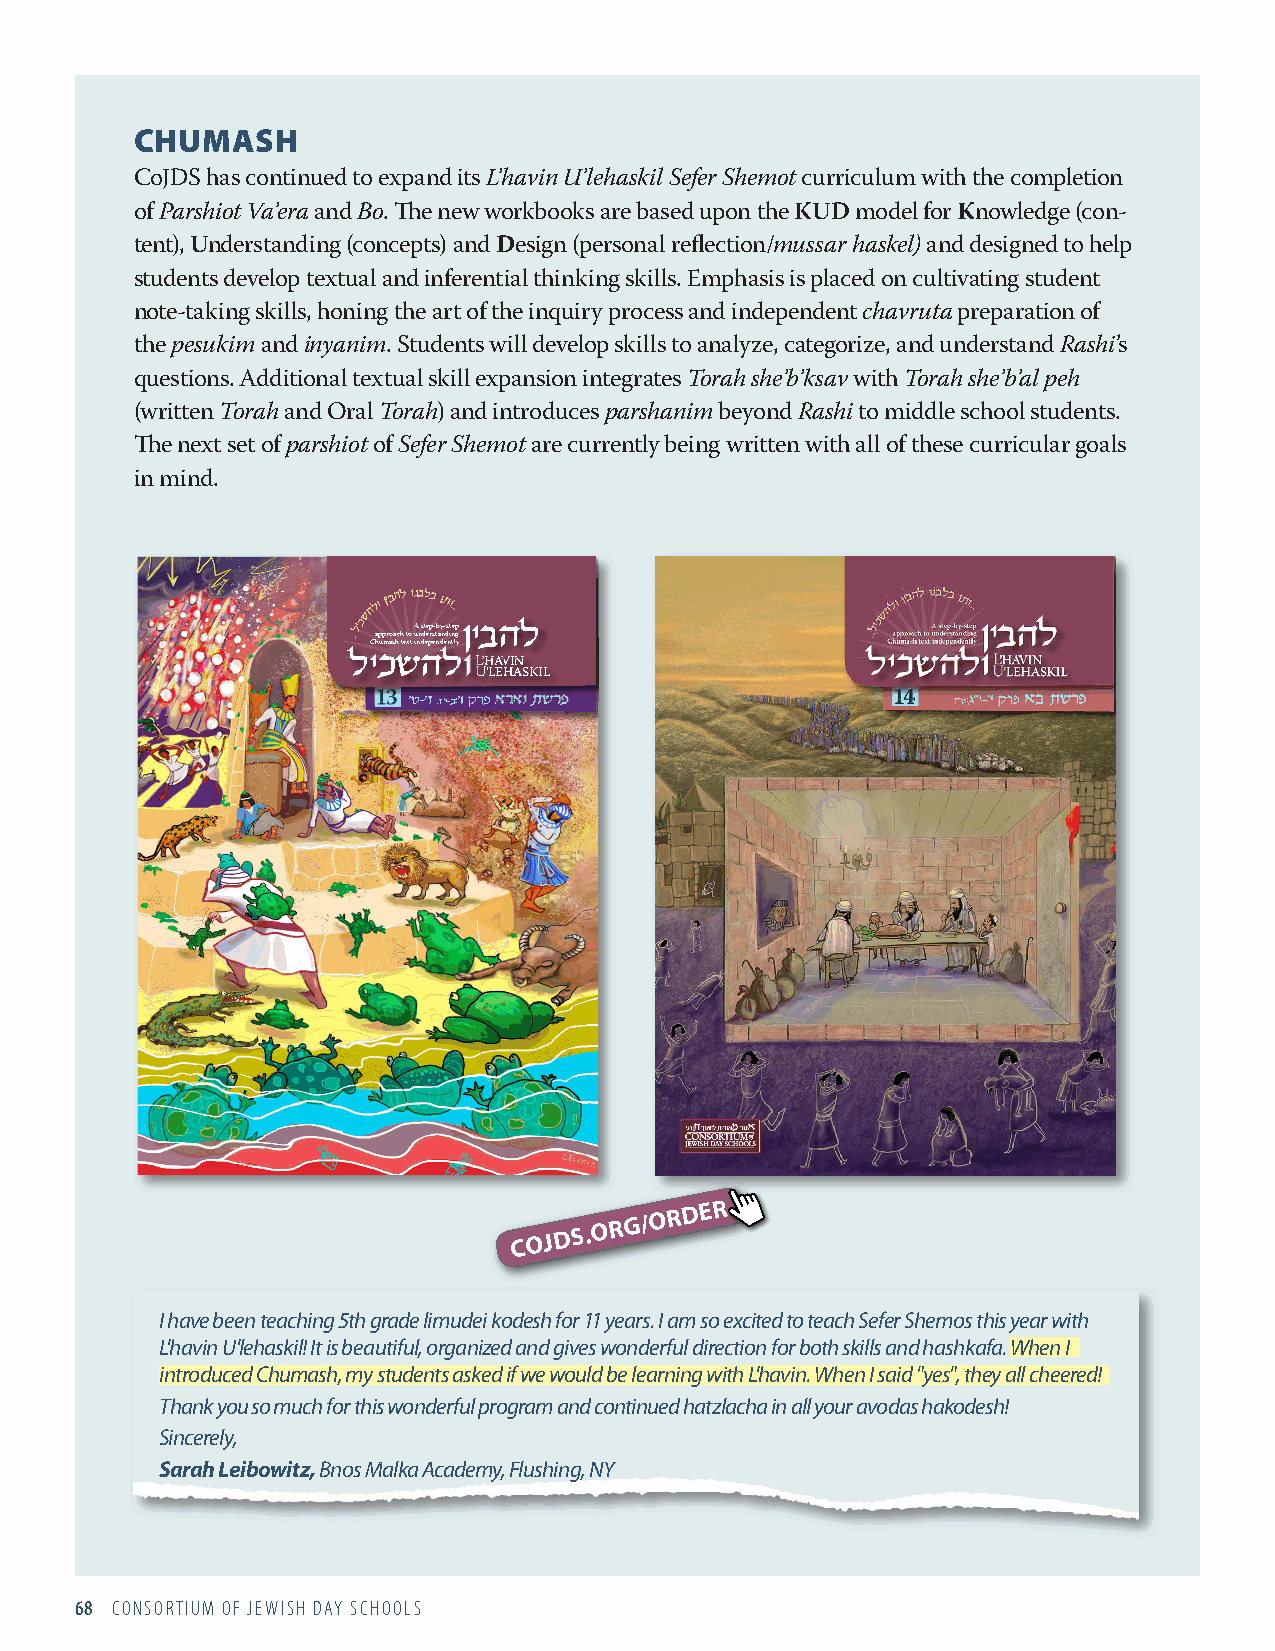
CHUMASH
 CoJDS has continued to expand its L’havin U’lehaskil Sefer Shemot curriculum with the completion
 of Parshiot Va’era and Bo. The new workbooks are based upon the KUD model for Knowledge (con-
 tent), Understanding (concepts) and Design (personal reflection/mussar haskel) and designed to help
 students develop textual and inferential thinking skills. Emphasis is placed on cultivating student
 note-taking skills, honing the art of the inquiry process and independent chavruta preparation of
 the pesukim and inyanim. Students will develop skills to analyze, categorize, and understand Rashi’s
 questions. Additional textual skill expansion integrates Torah she’b’ksav with Torah she’b’al peh
 (written Torah and Oral Torah) and introduces parshanim beyond Rashi to middle school students.
 The next set of parshiot of Sefer Shemot are currently being written with all of these curricular goals
 in mind.
 
 
 approach to
 uA
 n
 s dt ee rp s- tb ay n- dst inep
 g
 Chumash text independently
 LLLLLLLLLLLLLLLLLLLLLL’HHHHHHHHHHHHHHHHAAAAAAAAAAAAVVVVIIIIINNNNN
 UUUUUUUUUUUUUUUUUUUUU’’’LLEEHHAASSKKIIILL
 13
 COJDS.ORG/ORDER
 I have been teaching 5th grade limudei kodesh for 11 years. I am so excited to teach Sefer Shemos this year with
 L'havin U'lehaskil! It is beautiful, organized and gives wonderful direction for both skills and hashkafa. When I
 introduced Chumash, my students asked if we would be learning with L'havin. When I said "yes", they all cheered!
 Thank you so much for this wonderful program and continued hatzlacha in all your avodas hakodesh!
 Sincerely,
 Sarah Leibowitz, Bnos Malka Academy, Flushing, NY
 68 CONSORTIUM OF JEWISH DAY SCHOOLS